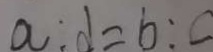
a : d = b : c